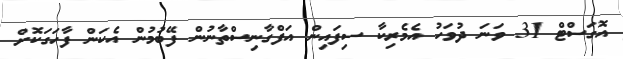
އޮގަސްޓް 31 ވަނަ ދުވަހު އެމެރިކާ ސިފައިން އަފްގާނިސްތާނުން ފޭބުމުން އެކަން ފާހަގަކޮށް